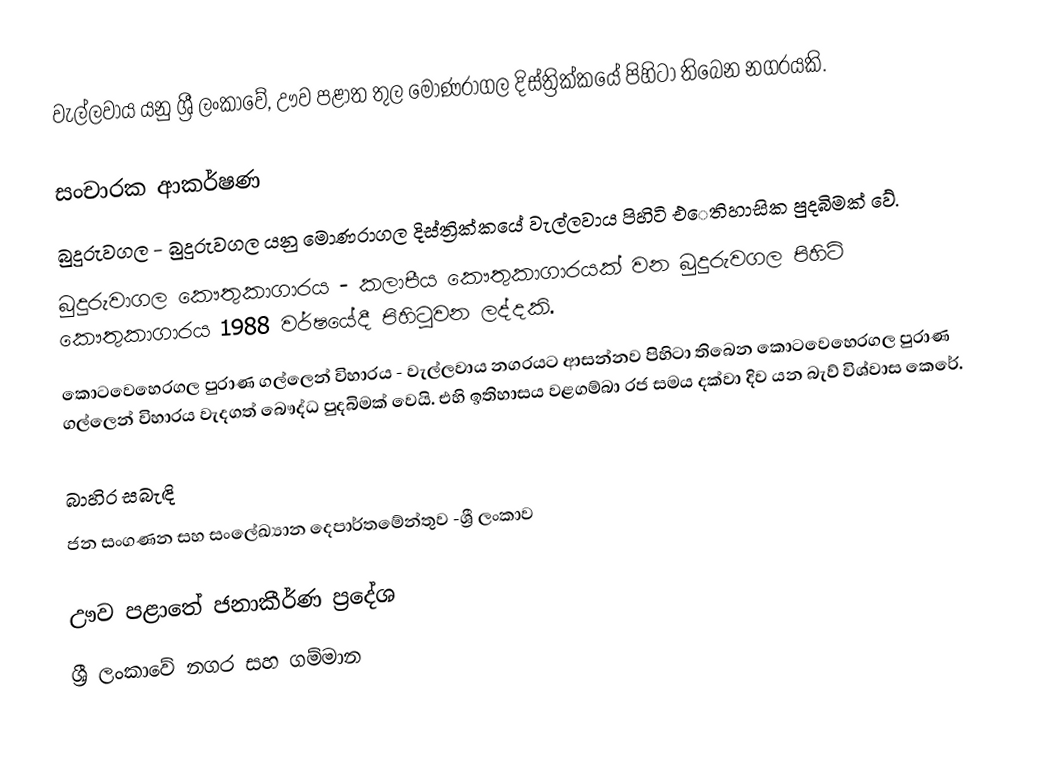
වැල්ලවාය යනු ශ්‍රී ලංකාවේ, ඌව පළාත තුල මොණරාගල දිස්ත්‍රික්කයේ පිහිටා තිබෙන  නගරයකි.

සංචාරක ආකර්ෂණ
බුදුරුවගල - බුදුරුවගල යනු මොණරාගල දිස්ත්‍රික්කයේ වැල්ලවාය පිහිටි එෙතිහාසික පුදබිමක් වේ.
බුදුරුවාගල කෞතුකාගාරය - කලාපීය කෞතුකාගාරයක් වන බුදුරුවගල පිහිටි කෞතුකාගාරය 1988 වර්ෂයේදී පිහිටුවන ලද්දකි.
කොටවෙහෙරගල පුරාණ ගල්ලෙන් විහාරය - වැල්ලවාය නගරයට ආසන්නව පිහිටා තිබෙන කොටවෙහෙරගල පුරාණ ගල්ලෙන් විහාරය වැදගත් බෞද්ධ පුදබිමක් වෙයි. එහි ඉතිහාසය වළගම්බා රජ සමය දක්වා දිව යන බැව් විශ්වාස කෙරේ.

බාහිර සබැඳි
ජන සංගණන සහ සංලේඛ්‍යාන දෙපාර්තමේන්තුව -ශ්‍රී ලංකාව

ඌව පළාතේ ජනාකීර්ණ ප්‍රදේශ
ශ්‍රී ලංකාවේ නගර සහ ගම්මාන